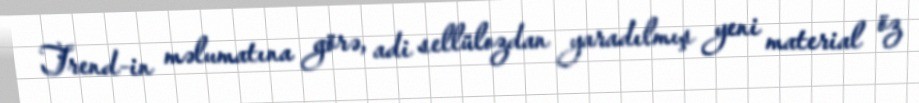
Trend-in məlumatına görə, adi sellülozdan yaradılmış yeni material öz